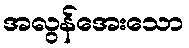
အလွန်အေးသော